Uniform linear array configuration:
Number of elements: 8
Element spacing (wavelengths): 1
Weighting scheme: exponential
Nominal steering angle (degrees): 60
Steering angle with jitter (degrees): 59.15
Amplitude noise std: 0.05
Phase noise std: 0.05

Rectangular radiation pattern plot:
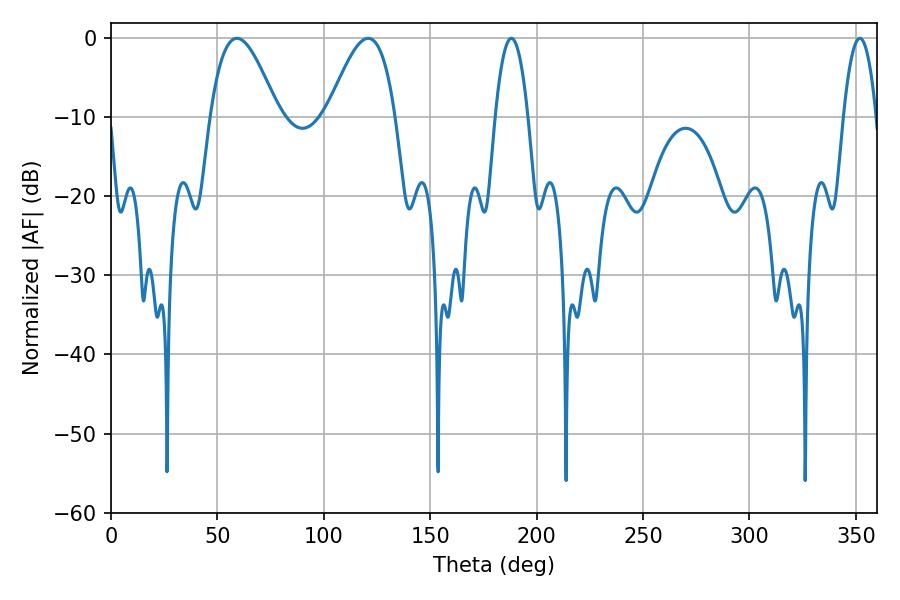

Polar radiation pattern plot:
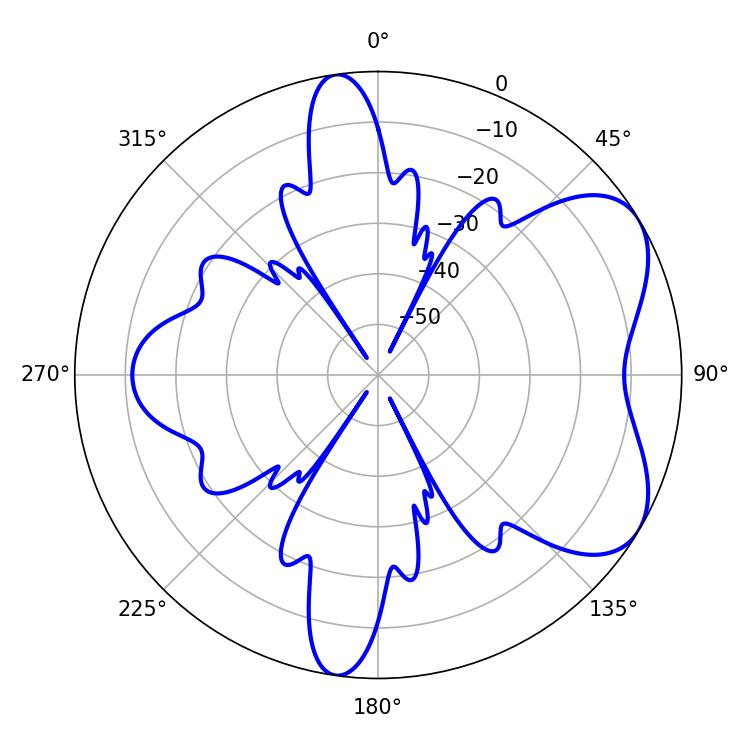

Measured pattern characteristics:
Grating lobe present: TRUE
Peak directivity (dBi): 5.875
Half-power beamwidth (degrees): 8.46
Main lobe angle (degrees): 188.1